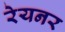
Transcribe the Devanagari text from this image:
रेयनर